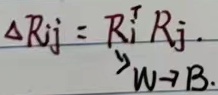
\(\Delta R_{ij}=R_{i}^{\top}R_{j}\) \(_{W\rightarrow B}\)